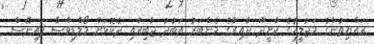
ރައްޔިތުންގެ މަޖުލީހުގެ ކާށީދޫ ދާއިރާގެ މެންބަރު އަބުދު ޖާބިރާއި ދެކޮޅަށް މޯލްޑިވްސް ފައިނޭސް